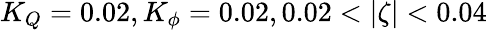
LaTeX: K_{Q}=0.02,K_{\phi}=0.02,0.02<|\zeta|<0.04